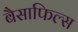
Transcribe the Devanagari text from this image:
बैसाफिल्स